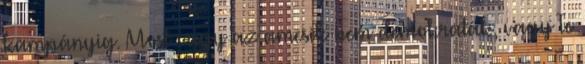
kampányig. Most vagy az amcsik nem demokraták, vagy Te